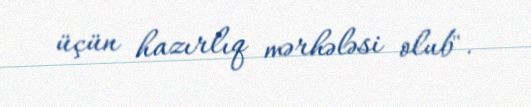
üçün hazırlıq mərhələsi olub".